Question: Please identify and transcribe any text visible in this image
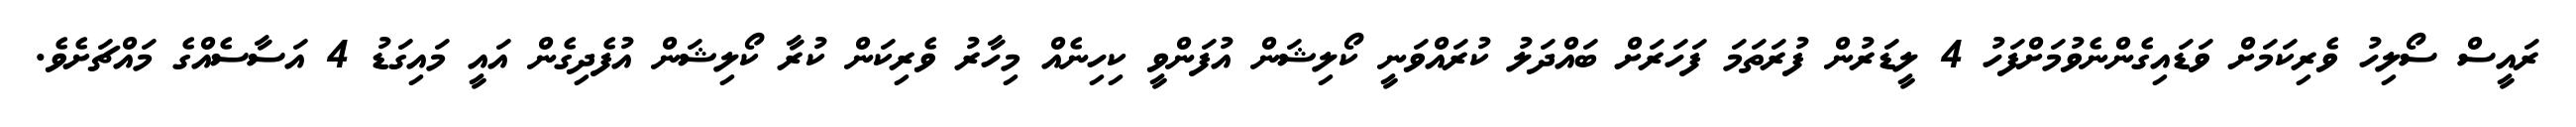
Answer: ރައީސް ސޯލިހު ވެރިކަމަށް ވަޑައިގެންނެވުމަށްފަހު 4 ލީޑަރުން ފުރަތަމަ ފަހަރަށް ބައްދަލު ކުރައްވަނީ ކޯލިޝަން އުފަންވީ ކިހިނެއް މިހާރު ވެރިކަން ކުރާ ކޯލިޝަން އުފެދިގެން އައީ މައިގަޑު 4 އަސާސެއްގެ މައްޗަށެވެ.